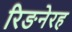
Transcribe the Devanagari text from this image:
रिङनेरह